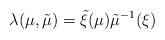
LaTeX: \begin{align*}\lambda (\mu , \tilde \mu ) = \tilde \xi (\mu ) \tilde \mu^{-1} (\xi )\end{align*}